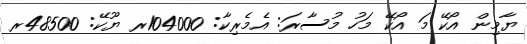
ޔާމިން އޯކޭ މަ އޯކޭ މަހު މުސާރަ: އެމެރިކާ: 104000ރ ޔޫކޭ: 48500ރ